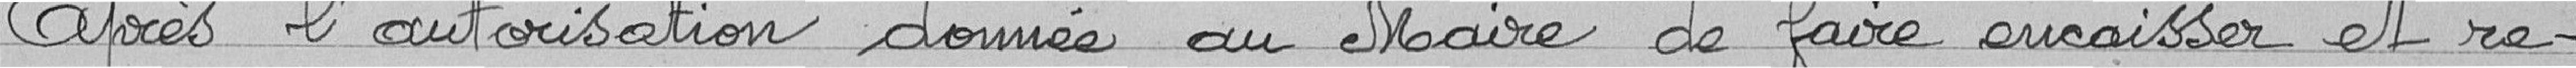
Après l'autorisation donnée au Maire de faire encaisser et re-